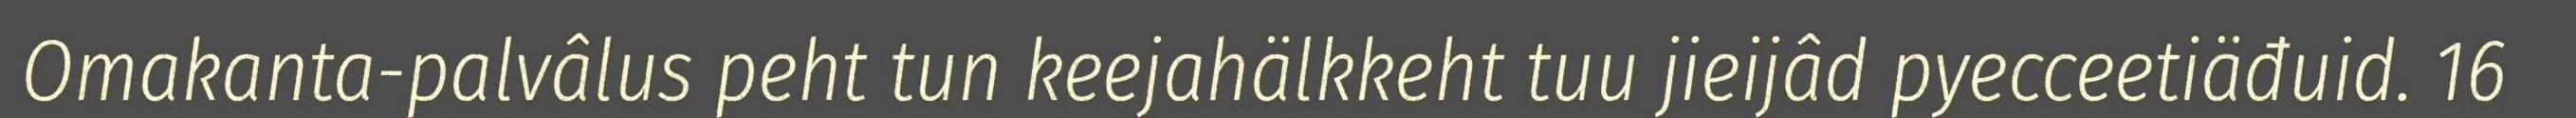
Omakanta-palvâlus peht tun keejahälkkeht tuu jieijâd pyecceetiäđuid. 16